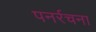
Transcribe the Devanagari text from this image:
पनर्रचना